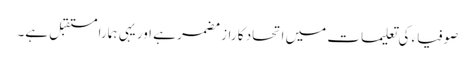
صوفیاء کی تعلیمات میں اتحاد کا راز مضمر ہے اور یہی ہمارا مستقبل ہے۔